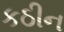
કઠીન